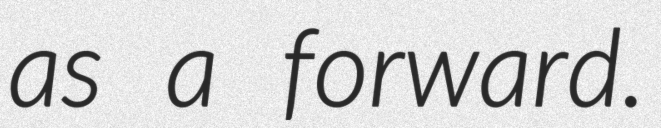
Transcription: as a forward.